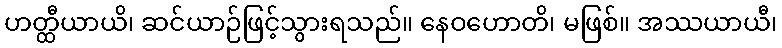
ဟတ္ထီယာယိ၊ ဆင်ယာဉ်ဖြင့်သွားရသည်။ နေဝဟောတိ၊ မဖြစ်။ အဿယာယီ၊